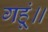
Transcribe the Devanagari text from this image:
गहूं॥